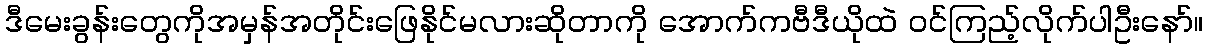
ဒီမေးခွန်းတွေကိုအမှန်အတိုင်းဖြေနိုင်မလားဆိုတာကို အောက်ကဗီဒီယိုထဲ ဝင်ကြည့်လိုက်ပါဦးနော်။